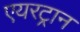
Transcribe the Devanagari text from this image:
एयरट्रान